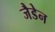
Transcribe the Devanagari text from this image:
जैडेन